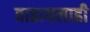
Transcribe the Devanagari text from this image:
वाढायलाही